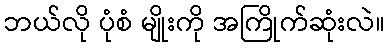
ဘယ်လို ပုံစံ မျိုးကို အကြိုက်ဆုံးလဲ။